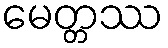
မေတ္တဿ